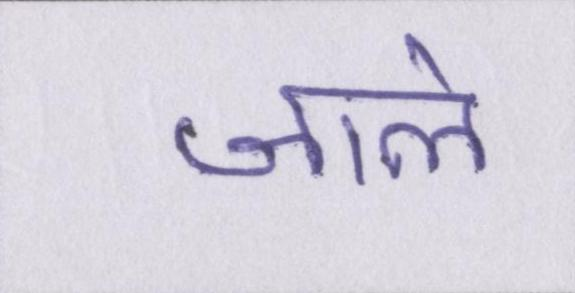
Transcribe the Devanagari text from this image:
जाले